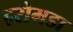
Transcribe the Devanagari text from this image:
हरोमडा